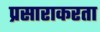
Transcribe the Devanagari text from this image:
प्रसाराकरता